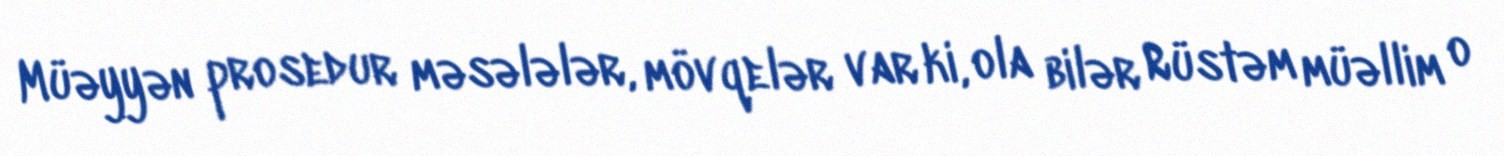
Müəyyən prosedur məsələlər, mövqelər var ki, ola bilər Rüstəm müəllim o